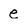
Character: e